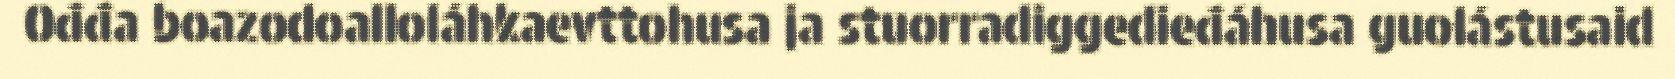
Ođđa boazodoalloláhkaevttohusa ja stuorradiggedieđáhusa guolástusaid